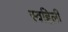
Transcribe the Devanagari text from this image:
स्वहिली